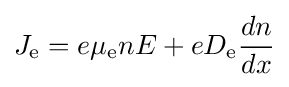
J_{\text{e}}=e\mu _{\text{e}}nE+eD_{\text{e}}{\frac {dn}{dx}}